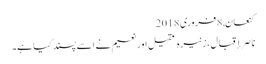
کنعان, ‏8 فروری 2018
ناصر إقبال، زنیرہ عقیل اور نعیم نے اسے پسند کیا ہے۔